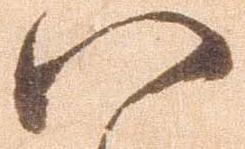
八